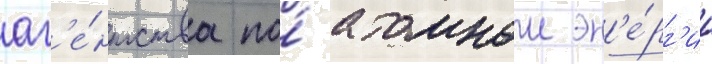
аг'е́нтства по́ атомнои эн'е́рг'ии